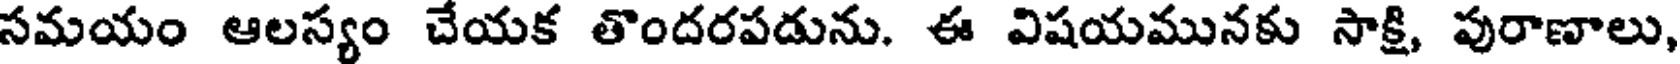
సమయం ఆలస్యం చేయక తొందరపడును. ఈ విషయమునకు సాక్షి, పురాణాలు,